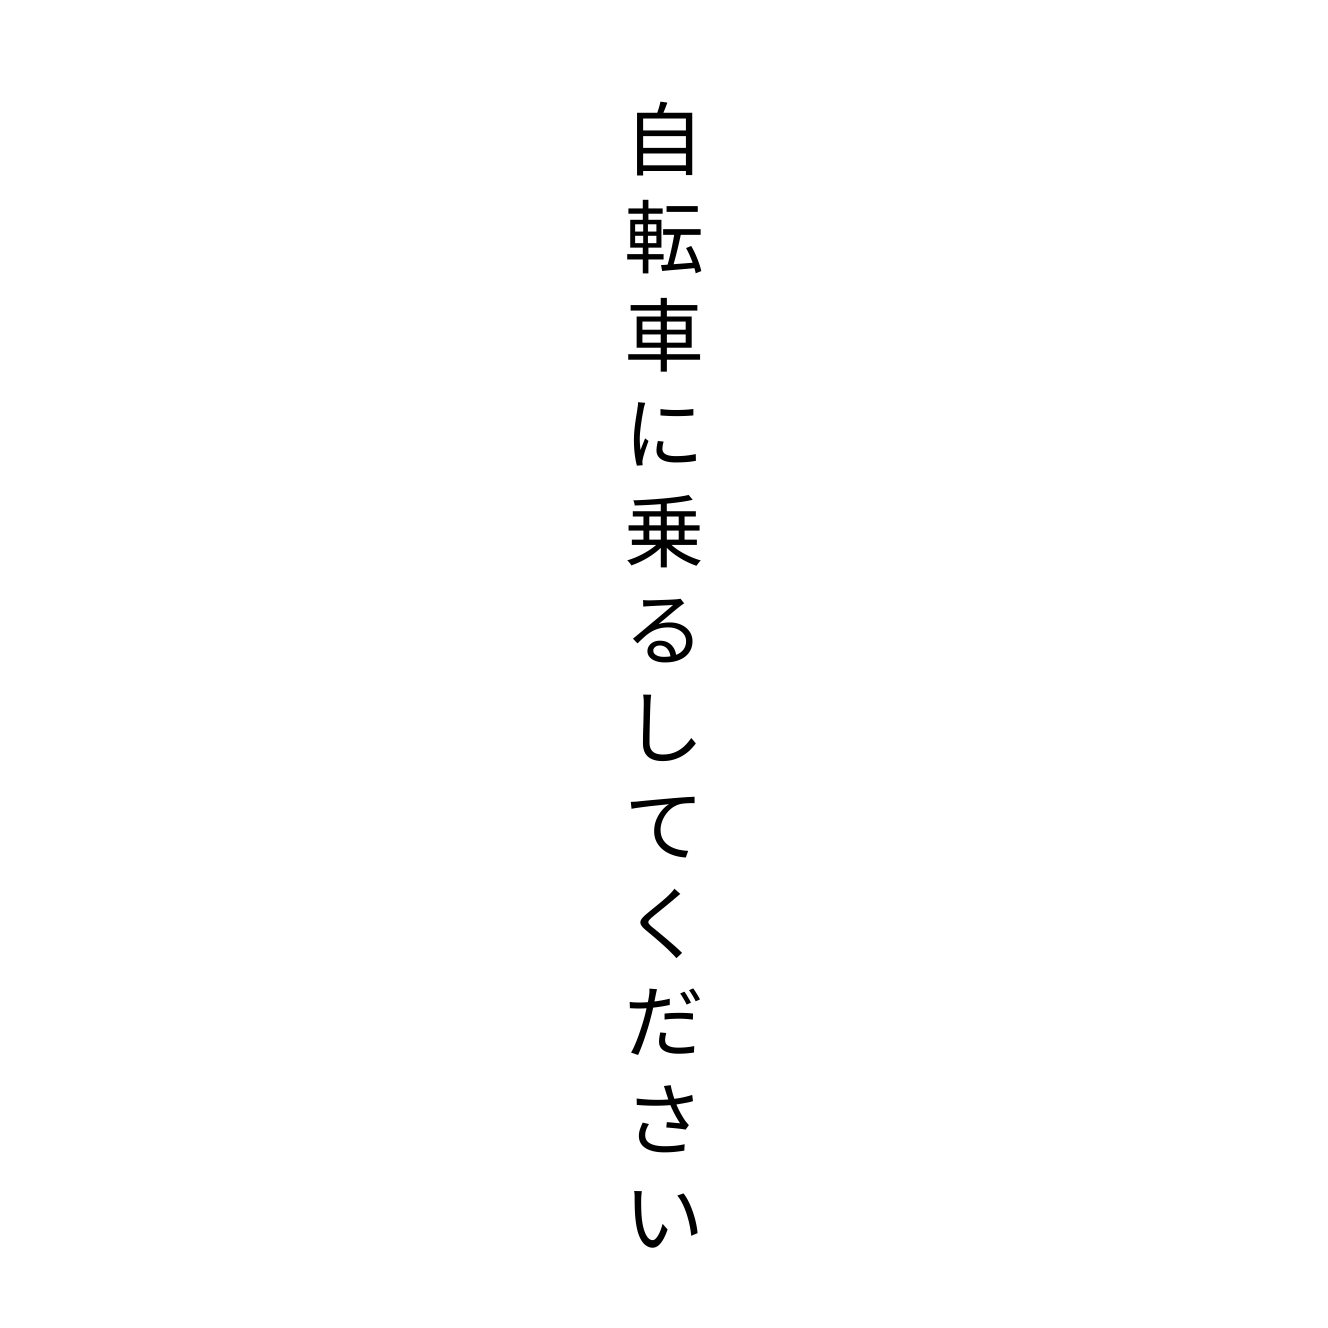
自転車に乗るしてください